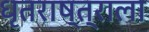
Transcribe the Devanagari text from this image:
धृतराष्त्राला